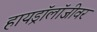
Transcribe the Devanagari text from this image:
हायड्रॉलॉजीवर